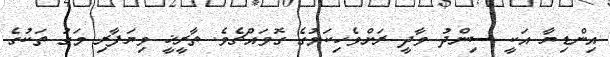
އިންޑިޔާ އަކީ ސިންދު ވާދީ ރަށްވެހިކަމުގެ ގޮވައްޗެވެ. ތާރީޚީ ވިޔަފާރި މަގު ތަކުގެ